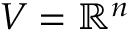
V = \mathbb { R } ^ { n }